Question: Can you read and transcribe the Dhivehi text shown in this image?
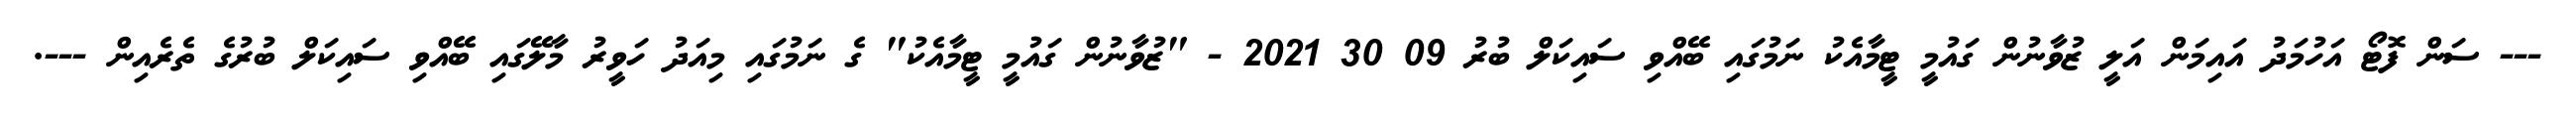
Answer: --- ސަން ފޮޓޯ އަހުމަދު އައިމަން އަލީ ޒުވާނުން ގައުމީ ޓީމާއެކު ނަމުގައި ބޭއްވި ސައިކަލް ބުރު 09 30 2021 - "ޒުވާނުން ގައުމީ ޓީމާއެކު" ގެ ނަމުގައި މިއަދު ހަވީރު މާލޭގައި ބޭއްވި ސައިކަލް ބުރުގެ ތެރެއިން ---.